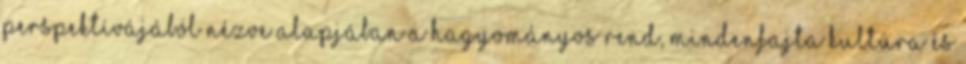
perspektívájából nézve alapjában a hagyományos rend, mindenfajta kultúra és